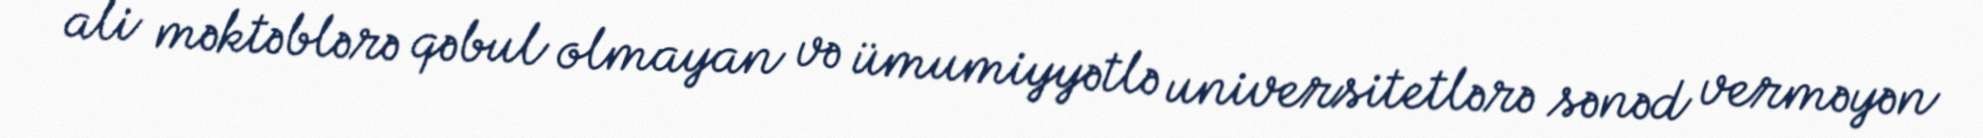
ali məktəblərə qəbul olmayan və ümumiyyətlə universitetlərə sənəd verməyən